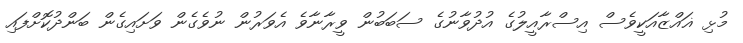
މުޅި ޣައްޒާއަކީވެސް އިސްރާއީލުގެ އުދުވާނުގެ ސަބަބުން ވީރާނާވެ އެވަރުން ނުވެގެން ވަށައިގެން ބަންދުކޮށްފައި